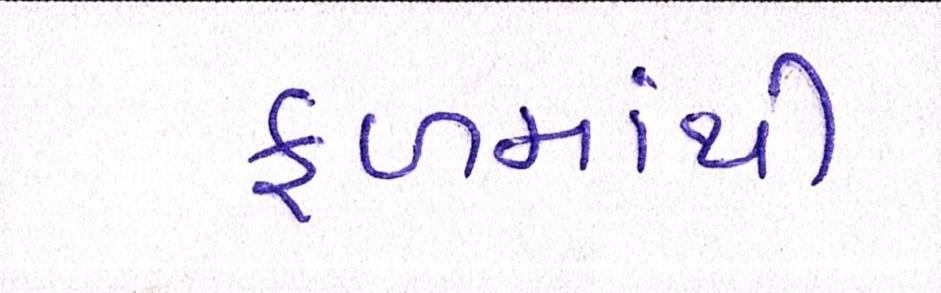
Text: ફળમાંથી